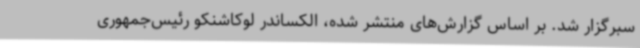
سبرگزار شد. بر اساس گزارش‌های منتشر شده، الکساندر لوکاشنکو رئیس‌جمهوری